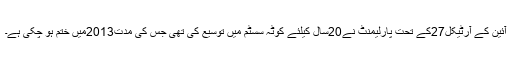
آئین کے آرٹیکل27کے تحت پارلیمنٹ نے20سال کیلئے کوٹہ سسٹم میں توسیع کی تھی جس کی مدت2013میں ختم ہو چکی ہے۔